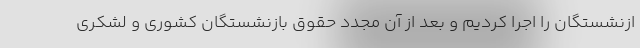
ازنشستگان را اجرا کردیم و بعد از آن مجدد حقوق بازنشستگان کشوری و لشکری